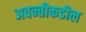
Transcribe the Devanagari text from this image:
अवन्तीकडील